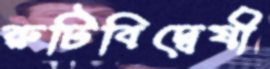
রুটিবিদ্বেষী